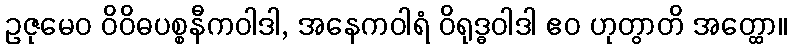
ဥဇုမေဝ ဝိဝိဓပစ္စနီကဝါဒါ, အနေကဝါရံ ဝိရုဒ္ဓဝါဒါ ဧဝ ဟုတွာတိ အတ္ထော။